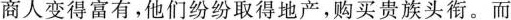
商人变得富有，他们纷纷取得地产，购买贵族头衔。而